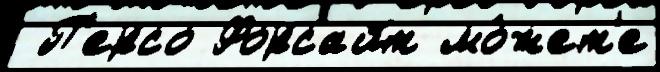
 П'ерсо Форсайт мо́жет'е